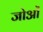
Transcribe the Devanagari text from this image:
जोओं